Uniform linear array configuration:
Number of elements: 32
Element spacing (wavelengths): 0.75
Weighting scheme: binomial
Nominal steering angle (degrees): -60
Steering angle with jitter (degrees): -58.113
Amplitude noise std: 0.05
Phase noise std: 0.05

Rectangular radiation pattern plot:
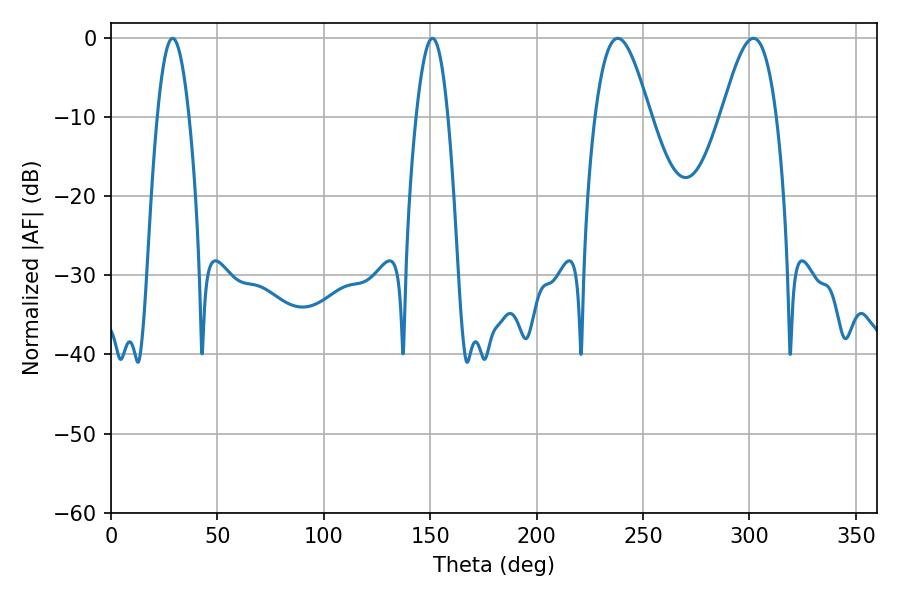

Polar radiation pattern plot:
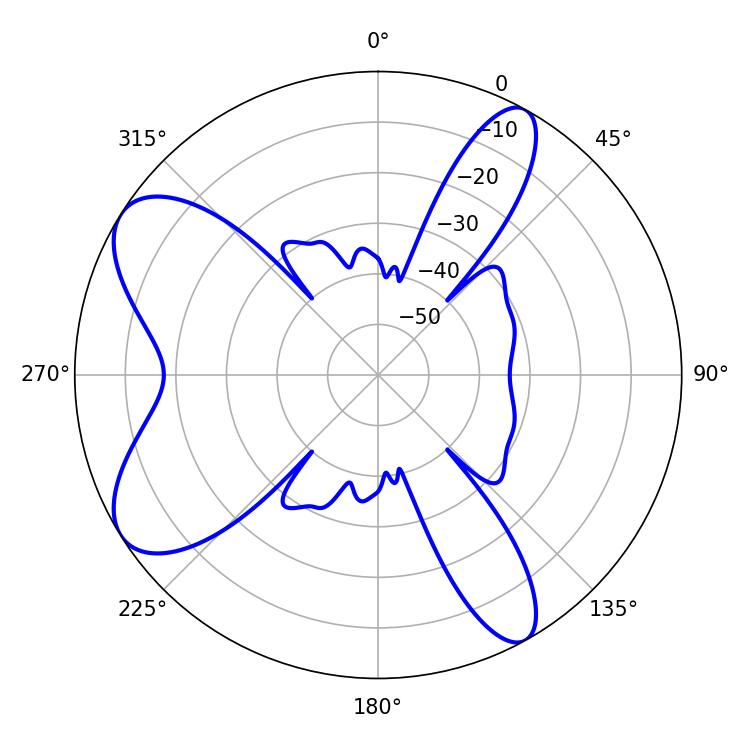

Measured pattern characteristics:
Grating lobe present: TRUE
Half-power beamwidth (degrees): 13.86
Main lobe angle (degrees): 238.14